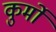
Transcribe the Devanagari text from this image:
कुर्मो